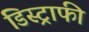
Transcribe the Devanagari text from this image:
डिस्ट्राफी